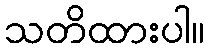
သတိထားပါ။